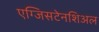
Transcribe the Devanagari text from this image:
एग्जिसटेनशिअल